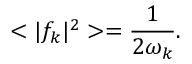
< \vert f _ { k } \vert ^ { 2 } > = { \frac { 1 } { 2 \omega _ { k } } } .